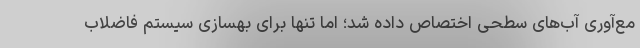
مع‌آوری آب‌های سطحی اختصاص داده شد؛ اما تنها برای بهسازی سیستم فاضلاب